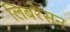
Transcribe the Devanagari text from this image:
लिबरेसन